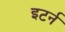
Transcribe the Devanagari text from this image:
इटर्न